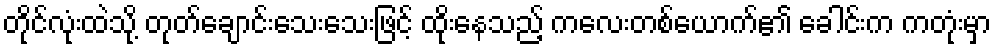
တိုင်လုံးထဲသို့ တုတ်ချောင်းသေးသေးဖြင့် ထိုးနေသည့် ကလေးတစ်ယောက်၏ ခေါင်းက ကတုံးမှာ